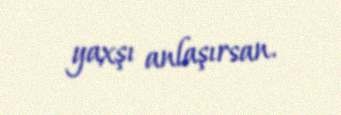
yaxşı anlaşırsan.